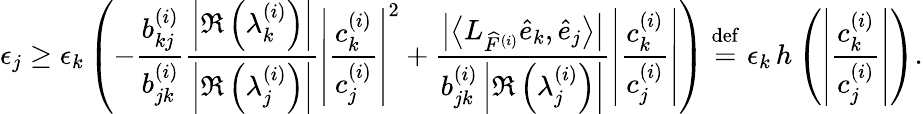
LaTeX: \epsilon_{j}\geq\epsilon_{k}\left(-\frac{b_{kj}^{(i)}}{b_{jk}^{(i)}}\frac{\left|\Re\left(\lambda_{k}^{(i)}\right)\right|}{\left|\Re\left(\lambda_{j}^{(i)}\right)\right|}\left|\frac{c_{k}^{(i)}}{c_{j}^{(i)}}\right|^{2}+\frac{\left|\left\langle L_{\widehat{F}^{(i)}}\widehat{e}_{k},\widehat{e}_{j}\right\rangle\right|}{b_{jk}^{(i)}\left|\Re\left(\lambda_{j}^{(i)}\right)\right|}\left|\frac{c_{k}^{(i)}}{c_{j}^{(i)}}\right|\right)\stackrel{\mathrm{def}}{=}\epsilon_{k}\, h\left(\left|\frac{c_{k}^{(i)}}{c_{j}^{(i)}}\right|\right).